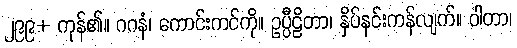
၂၉၉+ ကုန်၏။ ဂဂနံ၊ ကောင်းကင်ကို။ ဥပ္ပီဠိတာ၊ နှိပ်နင်းကန်လျက်။ ဝါတာ၊